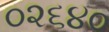
૦૨૬૪૦